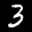
Label: 3